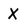
Character: X